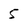
Character: 5